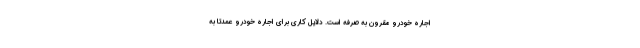
اجاره خودرو مقرون به صرفه است. دلایل کاری برای اجاره خودرو عمدتا به